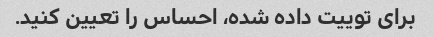
برای توییت داده شده، احساس را تعیین کنید.